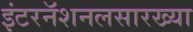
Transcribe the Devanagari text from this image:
इंटरनॅशनलसारख्या